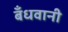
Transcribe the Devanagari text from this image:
बँधवानी